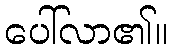
ပေါ်လာ၏။